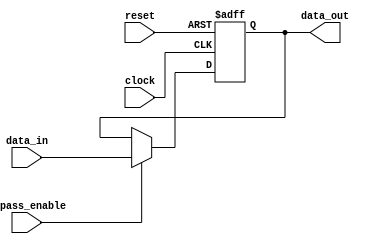
module Fallback_Bypass_Register (
    input wire clock,
    input wire reset,
    input wire bypass_enable,
    input wire [DATA_WIDTH-1:0] data_in,
    output wire [DATA_WIDTH-1:0] data_out
);

parameter DATA_WIDTH = 8;
reg [DATA_WIDTH-1:0] register_data;

always @(posedge clock or posedge reset) begin
    if (reset) begin
        register_data <= 0;
    end else if (bypass_enable) begin
        register_data <= data_in;
    end else begin
        register_data <= register_data;
    end
end

assign data_out = register_data;

endmodule